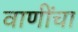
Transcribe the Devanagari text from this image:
वाणींचा